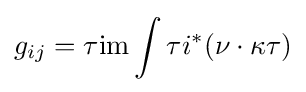
g_{ij}=\tau {\text{im}}\int \tau i^{*}(\nu \cdot \kappa \tau )